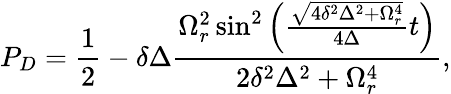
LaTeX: P_{D}=\frac{1}{2}-\delta\Delta\frac{\Omega_{r}^{2}\sin^{2}\left(\frac{\sqrt{4\delta^{2}\Delta^{2}+\Omega_{r}^{4}}}{4\Delta}t\right)}{2\delta^{2}\Delta^{2}+\Omega_{r}^{4}},